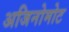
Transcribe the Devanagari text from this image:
अजिनोमोट